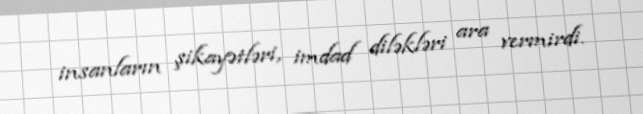
insanların şikayətləri, imdad diləkləri ara vermirdi.